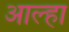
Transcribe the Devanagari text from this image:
आल्‍हा